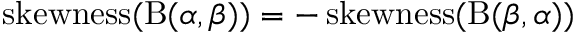
\operatorname { s k e w n e s s } ( \mathrm { B } ( \alpha , \beta ) ) = - \operatorname { s k e w n e s s } ( \mathrm { B } ( \beta , \alpha ) )